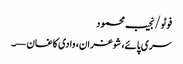
فوٹو/نجیب محمود
سری پائے، شوغران، وادی کاغان —۔